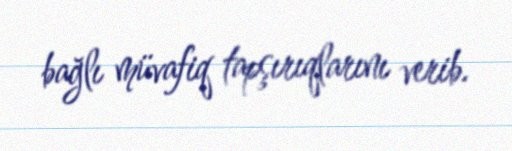
bağlı müvafiq tapşırıqlarını verib.